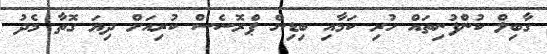
ގާބިލް ކުންފުނިތައް ހުރި ކަމާއި ބިޑިން ޕްރޮސެސް ކުރިއަށް ދިޔަ ގޮތާ މެދު